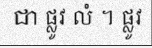
ជា ផ្លូវ លំ ។ ផ្លូវ